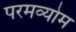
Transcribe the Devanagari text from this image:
परमव्योम